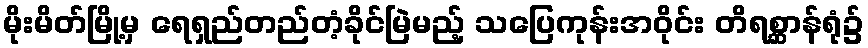
မိုးမိတ်မြို့မှ ရေရှည်တည်တံ့ခိုင်မြဲမည့် သပြေကုန်းအဝိုင်း တိရစ္ဆာန်ရုံ၌